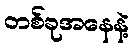
တစ်ခုအနေနဲ့